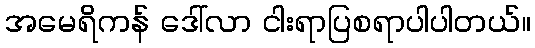
အမေရိကန် ဒေါ်လာ ငါးရာပြစရာပါပါတယ်။